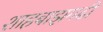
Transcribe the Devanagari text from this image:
शाहबाझगढी